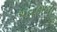
ચવકીયા